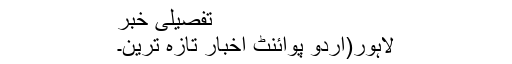
تفصیلی خبر
لاہور(اُردو پوائنٹ اخبار تازہ ترین۔